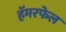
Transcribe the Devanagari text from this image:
हॅमरफेल